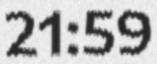
21:59